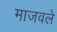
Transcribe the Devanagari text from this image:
माजवले